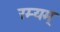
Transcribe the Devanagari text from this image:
रम्यम्